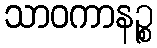
သာဝကာနဉ္စ